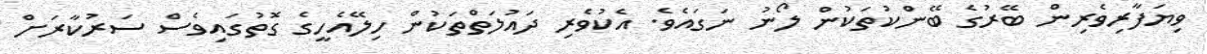
ވިޔަފާރިވެރިން ބޭރުގެ ބޭންކުތަކުން ލޯނު ނަގައެވެ. އެކުވެރި ދައުލަތްތަކުން ހިލޭއެހީގެ ގޮތުގައިވެސް ސަރުކާރަށް